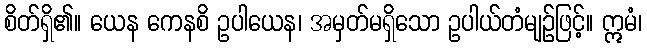
စိတ်ရှိ၏။ ယေန ကေနစိ ဥပါယေန၊ အမှတ်မရှိသော ဥပါယ်တံမျဉ်ဖြင့်။ ဣမံ၊